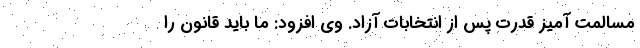
مسالمت آمیز قدرت پس از انتخابات آزاد. وی افزود: ما باید قانون را